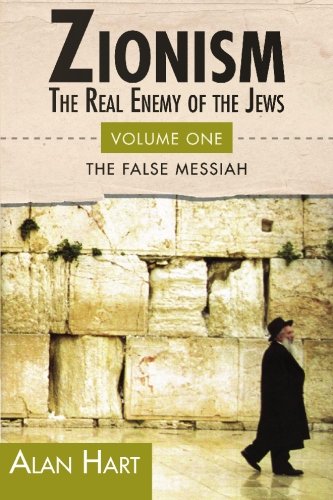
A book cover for Zionism: The Real Enemy of the Jews, Vol. 1: The False Messiah; First Last; Literature & Fiction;